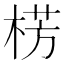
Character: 㭶